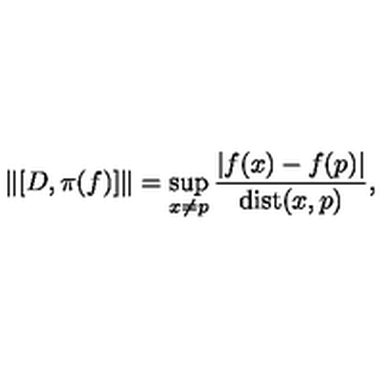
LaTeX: \| [ D , \pi ( f ) ] \| = \sup _ { x \neq p } \frac { | f ( x ) - f ( p ) | } { \mathrm { d i s t } ( x , p ) } ,